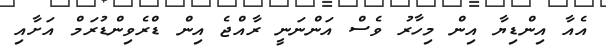
އެއާ އިންޑިޔާ އިން މިހާރު ވެސް އަންނަނީ ރާއްޖެ އިން ޑްރެވިންޑުރަމް އަށާއި